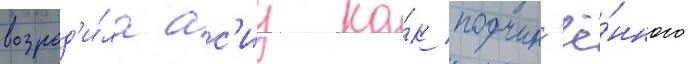
возрод'и́ла ас'иу ка́к подчин'ё́нного